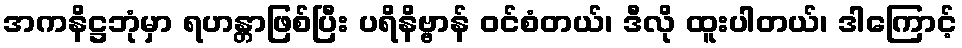
အကနိဋ္ဌဘုံမှာ ရဟန္တာဖြစ်ပြီး ပရိနိဗ္ဗာန် ဝင်စံတယ်၊ ဒီလို ထူးပါတယ်၊ ဒါကြောင့်